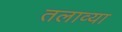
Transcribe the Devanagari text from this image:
तलाव्या